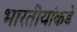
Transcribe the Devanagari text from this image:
भारतीयांकडे